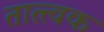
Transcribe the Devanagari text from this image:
तात्त्वक